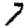
Digit: 7